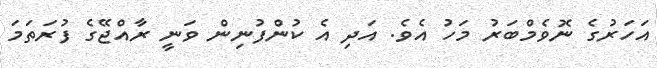
އަހަރުގެ ނޮވެމްބަރު މަހު އެވެ. އަދި އެ ކުންފުނިން ވަނީ ރާއްޖޭގެ ފުރަތަމަ